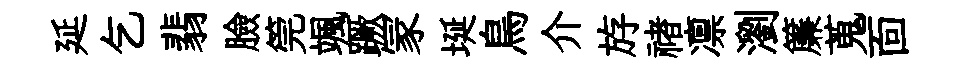
延乞翡臉筦颯蹶冡埏鳥介斿禇凛瀏簾蒐靣